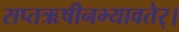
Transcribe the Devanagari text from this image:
सप्तऋषीनभ्यावतेर्।